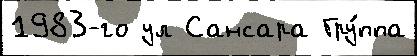
1983-го ул Сансара Гру́ппа